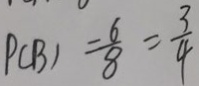
P ( B ) = \frac { 6 } { 8 } = \frac { 3 } { 4 }